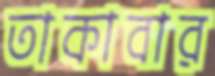
তাকাবার